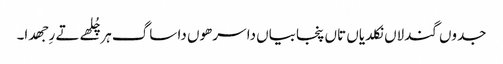
جدوں گندلاں نکلدیاں تاں پنجابیاں دا سرھوں دا ساگ ہر چُلھے تے رِجھدا۔